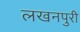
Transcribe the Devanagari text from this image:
लखनपुरी